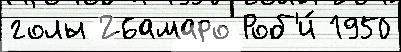
голы 26амаро Роб'и́ 1950